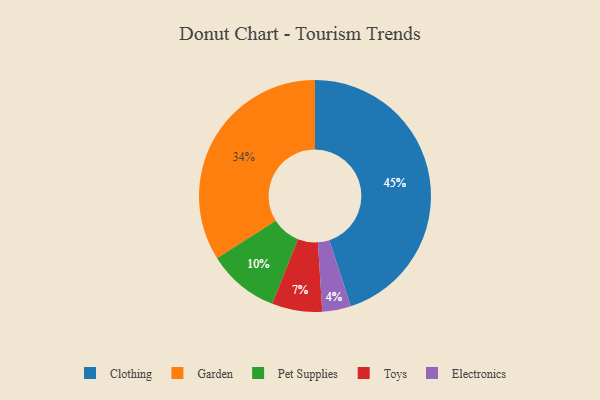
{"axis": {"x": "Category", "y": "Percentage"}, "legend": ["Clothing", "Electronics", "Garden", "Pet Supplies", "Toys"], "data": [{"x": "Clothing", "y": 45, "type": "Clothing"}, {"x": "Toys", "y": 7, "type": "Toys"}, {"x": "Pet Supplies", "y": 10, "type": "Pet Supplies"}, {"x": "Electronics", "y": 4, "type": "Electronics"}, {"x": "Garden", "y": 34, "type": "Garden"}]}